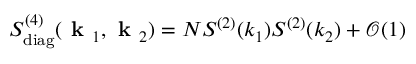
S _ { \mathrm { d i a g } } ^ { ( 4 ) } ( \textbf { k } _ { 1 } , \textbf { k } _ { 2 } ) = N S ^ { ( 2 ) } ( k _ { 1 } ) S ^ { ( 2 ) } ( k _ { 2 } ) + \mathcal { O } ( 1 )